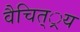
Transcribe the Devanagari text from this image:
वैचित््रय